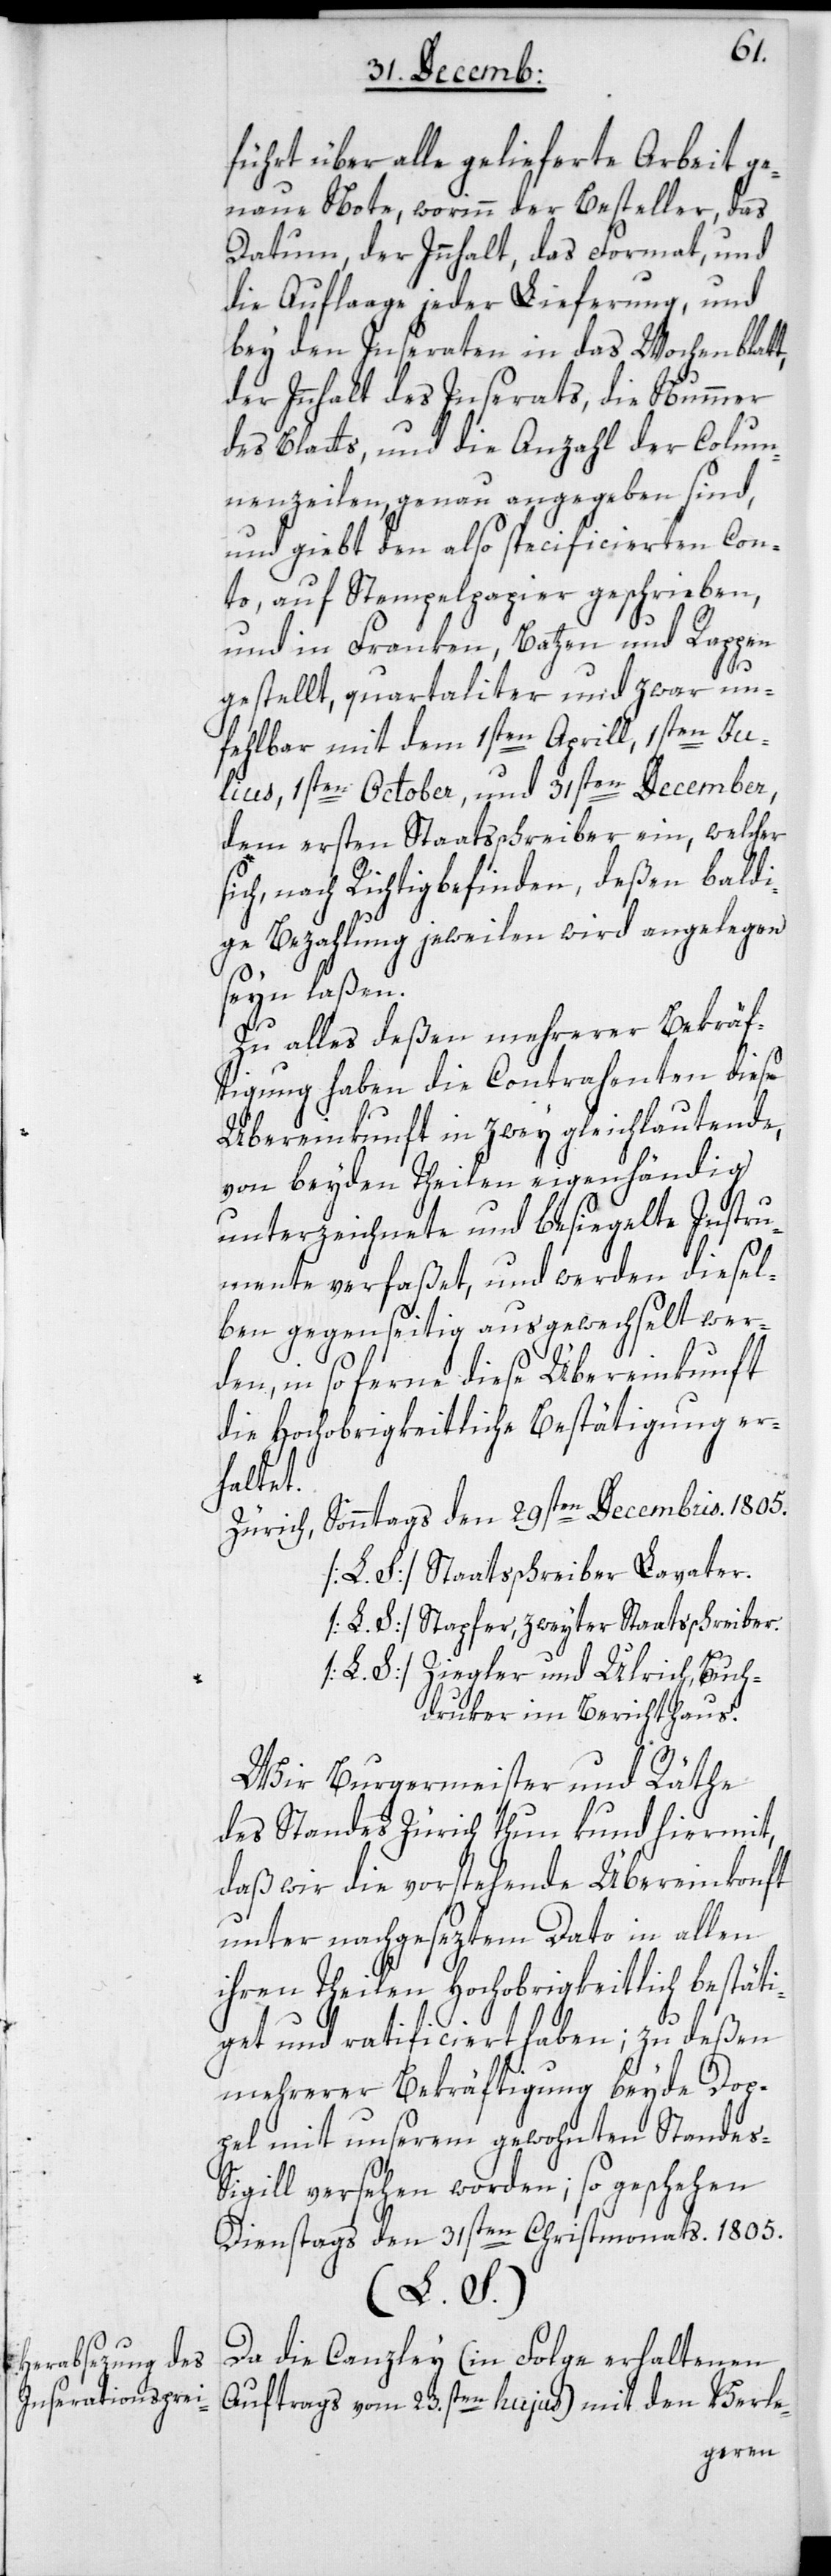
führt über alle gelieferte Arbeit ge¬
naue Note, worinn der Besteller, das
Datum, der Innhalt, das Format, und
die Auflaage jeder Lieferung, und
bey den Inseraten in das Wochenblatt,
der Innhalt des Inserats, die Nummer
des Blatts, und die Anzahl der Colum¬
nenzeilen, genau angegeben sind,
und giebt den also specificierten Con¬
to, auf Stempelpapier geschrieben,
und in Franken, Batzen und Rappen
gestellt, quartaliter und zwar un¬
fehlbar mit dem 1sten April, 1sten Ju¬
lius, 1sten October und 31sten December,
dem ersten Staatsschreiber ein, welcher
sich nach Richtigbefinden, deßen baldi¬
ge Bezahlung jeweilen wird angelegen
seyn laßen.
Zu alles deßen mehrerer Bekräf¬
tigung haben die Contrahenten diese
Übereinkunft in zwey gleichlautende,
von beyden Theilen eigenhändig
unterzeichnete und besiegelte Instru¬
mente verfaßet, und werden diesel¬
ben gegenseitig ausgewechselt wer¬
den, insoferne diese Übereinkunft
die Hochobrigkeitliche Bestätigung er¬
haltet.
Zürich, Sonntags den 29sten Decembris 1805.
[L. S. ] Staatsschreiber Lavater.
[L. S. ] Stapfer, zweyter Staatsschreiber.
[L. S. ] Ziegler und Ulrich, Buch¬
druker im Berichthaus.
Wir Burgermeister und Räthe
des Standes Zürich thun kund hiermit,
daß wir die vorstehende Übereinkonft
unter nachgeseztem Dato in allen
ihren Theilen Hochobrigkeitlich bestäti¬
get und ratificiert haben; zu deßen
mehrerer Bekräftigung beyde Dop¬
pel mit unserm gewohnten Standes-S¬
igill versehen worden; so geschehen
Dienstags den 31sten Christmonats. 1805.
(L. S.)
Da die Canzley (in Folge erhaltenen
Auftrags vom 23.sten hujus) mit den Verle-